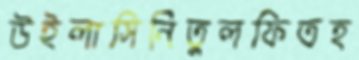
উইলাসিনিতুলফিতহ